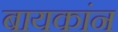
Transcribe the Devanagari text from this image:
बायकांन